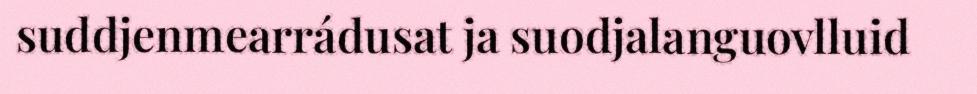
suddjenmearrádusat ja suodjalanguovlluid